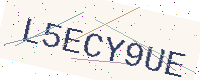
Text: L5ECY9UE